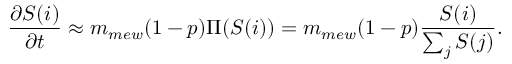
\frac { \partial S ( i ) } { \partial t } \approx m _ { m e w } ( 1 - p ) \Pi ( S ( i ) ) = m _ { m e w } ( 1 - p ) \frac { S ( i ) } { \sum _ { j } { S ( j ) } } .